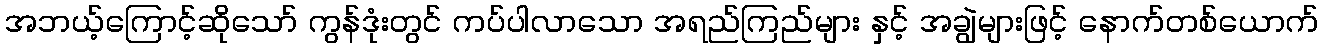
အဘယ့်ကြောင့်ဆိုသော် ကွန်ဒုံးတွင် ကပ်ပါလာသော အရည်ကြည်များ နှင့် အချွဲများဖြင့် နောက်တစ်ယောက်